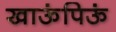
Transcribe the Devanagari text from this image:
खाऊंपिऊं